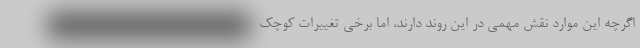
اگرچه این موارد نقش مهمی در این روند دارند، اما برخی تغییرات کوچک